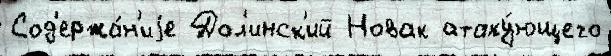
Сод'ержа́н'иjе Дол'инск'ий Новак атаку́ющего